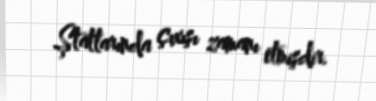
Ştatlarında çıxışı zamanı etmişdir.